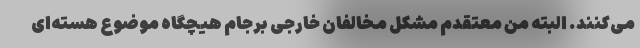
می‌کنند. البته من معتقدم مشکل مخالفان خارجی برجام هیچگاه موضوع هسته‌ای